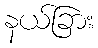
နယ်ခြား